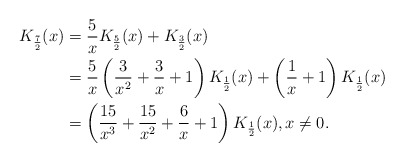
\begin{align*} K_{\frac72}(x)&= \frac{5}{x}K_{\frac52}(x)+K_{\frac32} (x)\\&= \frac{5}{x} \left( \frac{3}{x^2}+\frac{3}{x}+1 \right)K_{\frac{1}{2}}(x) +\left(\frac{1}{x}+1 \right)K_{\frac12}(x) \\ &= \left( \frac{15}{x^3}+\frac{15}{x^2}+\frac{6}{x}+1 \right) K_{\frac12}(x), x \neq 0. \end{align*}